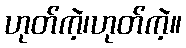
ဟုတ်ကဲ့၊ဟုတ်ကဲ့။